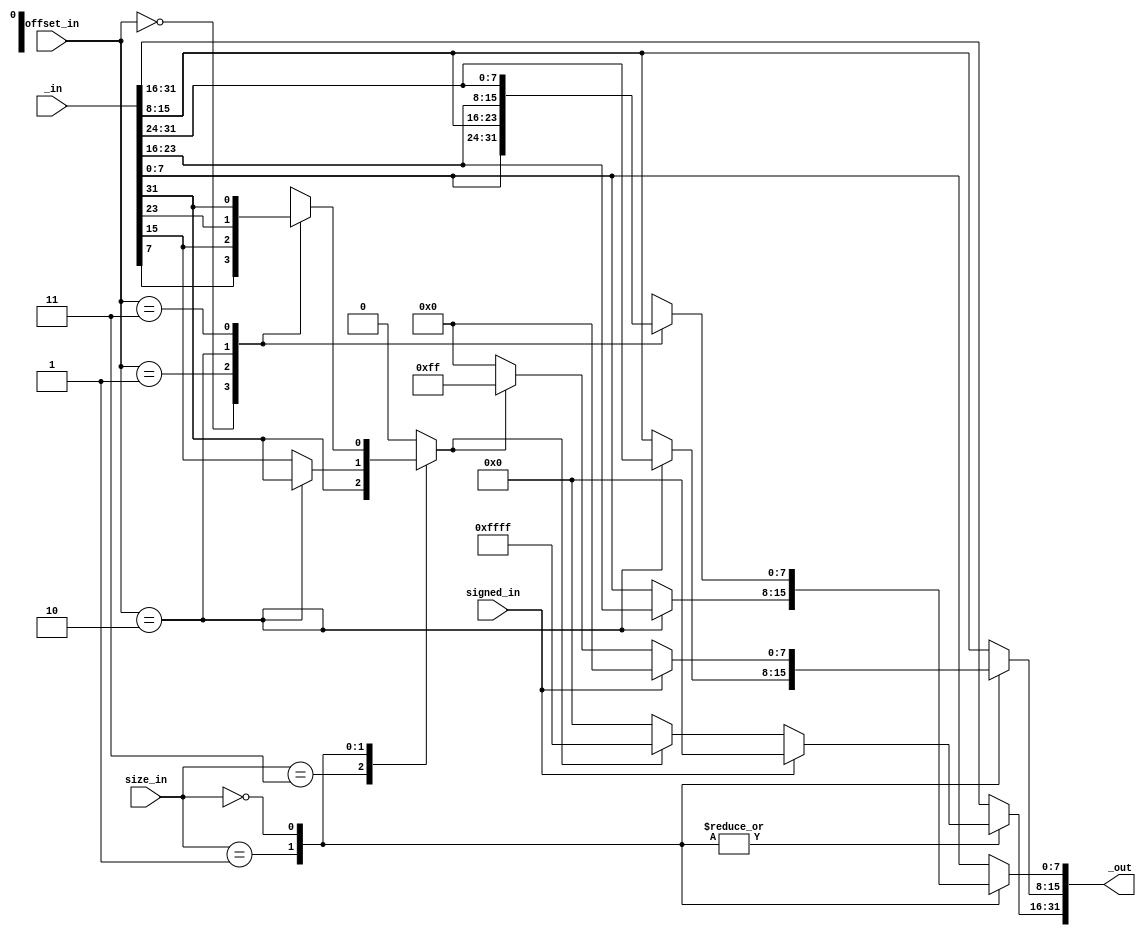
`timescale 1ns/1ps

module dataMemoryLoader (input [31:0] _in, input [1:0] offset_in, input [1:0] size_in, input signed_in, output reg [31:0] _out);

	localparam WORD = 2'b11;
	localparam HALF = 2'b01;
	localparam BYTE = 2'b00;
	
	reg sign;

	always @(*) begin
		case (size_in) 
			WORD: begin
				_out <= _in;
				sign <= _in[31];
			end
			HALF: begin
				if (offset_in == 2'b10) begin
					_out[15:0] <= _in[31:16];
					sign <= _in[31];
				end else begin
					_out[15:0] <= _in[15:0];
					sign <= _in[15];
				end
				if (signed_in == 1'b0) begin
					if (sign == 1'b1) begin
						_out[31:16] <= 16'hffff;
					end else begin
						_out[31:16] <= 16'h0000;
					end
				end else begin
					_out[31:16] <= 16'h0000;
				end
			end
			BYTE: begin
				case (offset_in) 
					2'b00: begin
						_out[7:0] <= _in[7:0];
						sign <= _in[7];
					end
					2'b01: begin
						_out[7:0] <= _in[15:8];
						sign <= _in[15];
					end
					2'b10: begin
						_out[7:0] <= _in[23:16];
						sign <= _in[23];
					end
					2'b11: begin
						_out[7:0] <= _in[31:24];
						sign <= _in[31];
					end
				endcase
				if (signed_in == 1'b0) begin
					if (sign == 1'b1) begin
						_out[31:8] <= 24'hffffff;
					end else begin
						_out[31:8] <= 24'h000000;
					end
				end else begin
					_out[31:8] <= 24'h000000;
				end
			end
			default: begin
				sign <= 1'b0;
				_out <= _in;
			end
		endcase
	end

endmodule